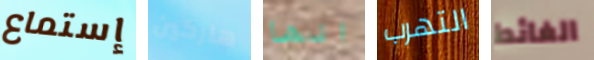
إستماع هاركين انها التهرب الغائط